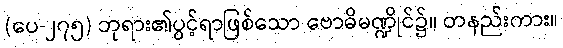
(ပေ-၂၇၅) ဘုရား၏ပွင့်ရာဖြစ်သော ဗောဓိမဏ္ဍိုင်၌။ တနည်းကား။